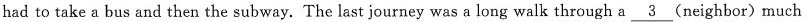
had to take a bus and then the subway. The last journey was a long walk through a \underline{3}(neighbor) much